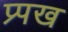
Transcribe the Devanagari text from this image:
प्र्पख